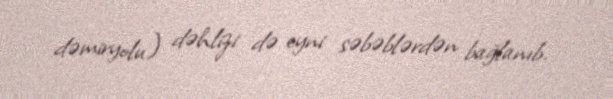
dəmiryolu) dəhlizi də eyni səbəblərdən bağlanıb.